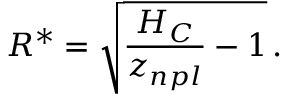
R ^ { * } = \sqrt { \frac { H _ { C } } { z _ { n p l } } - 1 } \, .